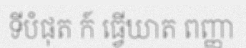
ទីបំផុត ក៍ ធ្វើឃាត ពញ្ញា